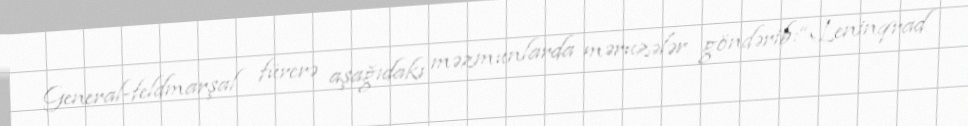
General-feldmarşal fürerə aşağıdakı məzmunlarda məruzələr göndərib:“Leninqrad